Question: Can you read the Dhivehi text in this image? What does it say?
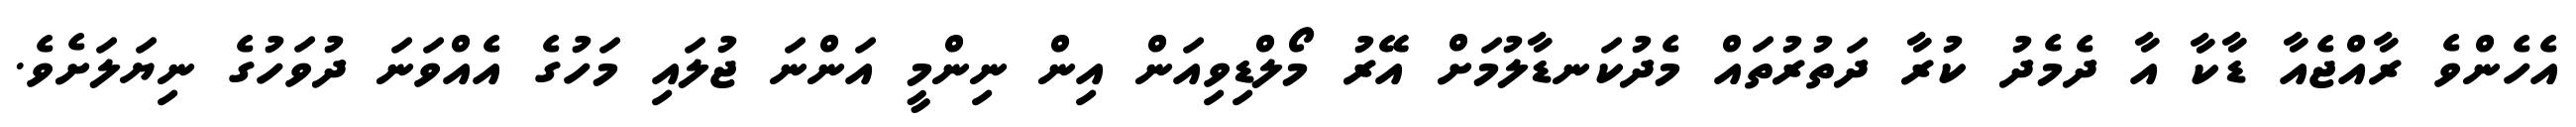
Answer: އެހެންވެ ރާއްޖެއާ ޑާކާ އާ ދެމެދު ކުރާ ދަތުރުތައް މެދުކަނޑާލުމަށް އޭރު މޯލްޑިވިއަން އިން ނިންމީ އަންނަ ޖުލައި މަހުގެ އެއްވަނަ ދުވަހުގެ ނިޔަލަށެވެ.